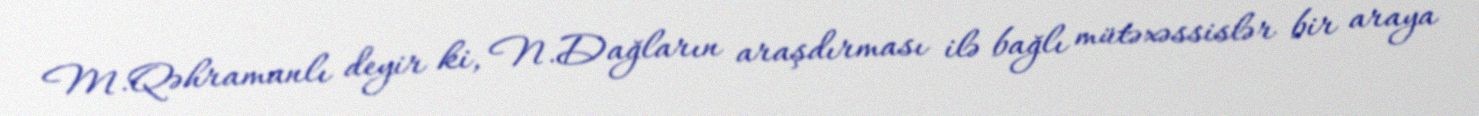
M.Qəhramanlı deyir ki, N.Dağların araşdırması ilə bağlı mütəxəssislər bir araya